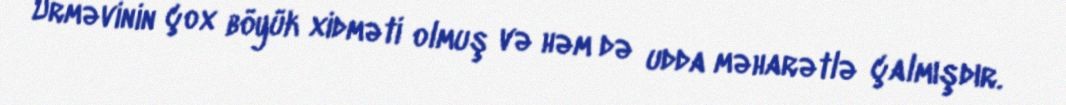
Urməvinin çox böyük xidməti olmuş və həm də udda məharətlə çalmışdır.